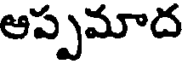
ఆప్పమాద